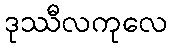
ဒုဿီလကုလေ